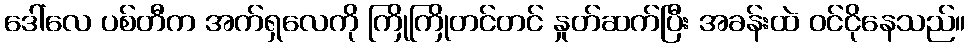
ဒေါ်လေ ပစ်တီက အက်ရှလေကို ကြိုကြိုတင်တင် နှုတ်ဆက်ပြီး အခန်းထဲ ဝင်ငိုနေသည်။